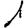
Digit: 1